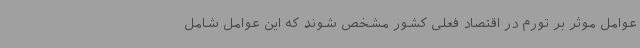
عوامل موثر بر تورم در اقتصاد فعلی کشور مشخص شوند که این عوامل شامل